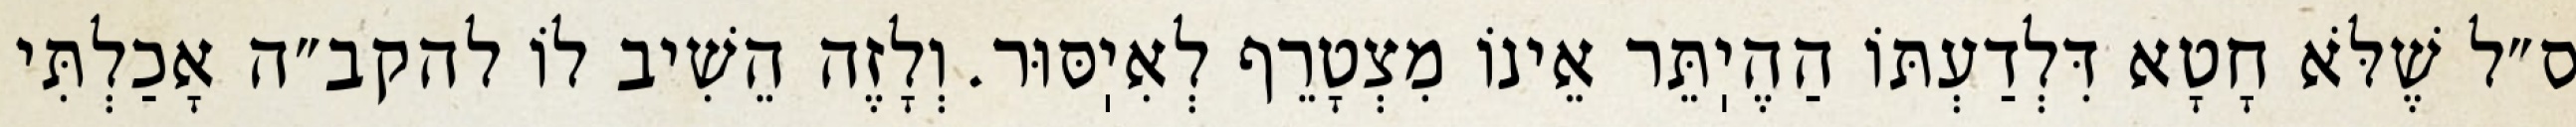
ס״ל שֶׁלֹּא חָטָא דִּלְדַעְתּוֹ הַהֶיֽתֵּר אֵינוֹ מִצְטָרֵף לְאִיֽסּוּר. וְלָזֶה הֵשִׁיב לוֹ להקב״ה אָכַלְתִּי